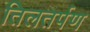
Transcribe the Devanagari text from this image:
तिलतर्पण